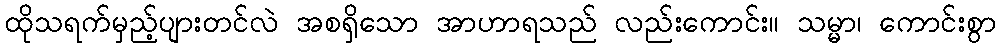
ထိုသရက်မှည့်ပျားတင်လဲ အစရှိသော အာဟာရသည် လည်းကောင်း။ သမ္မာ၊ ကောင်းစွာ